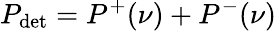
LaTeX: P_{\mathrm{det}}=P^{+}(\nu)+P^{-}(\nu)